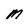
Character: M